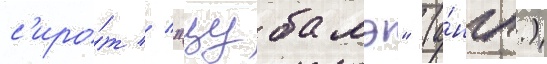
с'иро́т // "цубамэ" (а́нгл.)